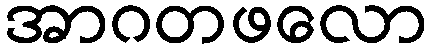
အာဂတဖလော